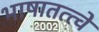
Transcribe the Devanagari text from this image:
भाषातत्त्वे